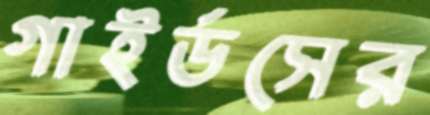
গাইর্ডসের